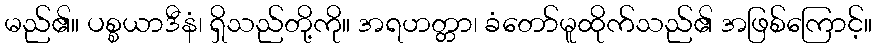
မည်၏။ ပစ္စယာဒီနံ၊ ရှိသည်တို့ကို။ အရဟတ္တာ၊ ခံတော်မူထိုက်သည်၏ အဖြစ်ကြောင့်။